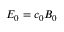
E _ { 0 } = c _ { 0 } B _ { 0 }